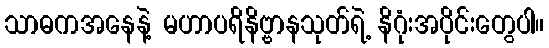
သာဓကအနေနဲ့ မဟာပရိနိဗ္ဗာနသုတ်ရဲ့ နိဂုံးအပိုင်းတွေပါ။